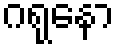
ဂရုနော